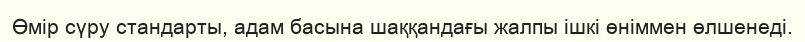
Өмір сүру стандарты, адам басына шаққандағы жалпы ішкі өніммен өлшенеді.